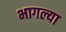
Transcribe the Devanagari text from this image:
भागल्या